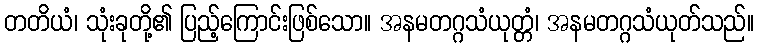
တတိယံ၊ သုံးခုတို့၏ ပြည့်ကြောင်းဖြစ်သော။ အနမတဂ္ဂသံယုတ္တံ၊ အနမတဂ္ဂသံယုတ်သည်။